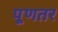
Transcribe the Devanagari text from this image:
पूणतर